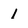
Character: 1